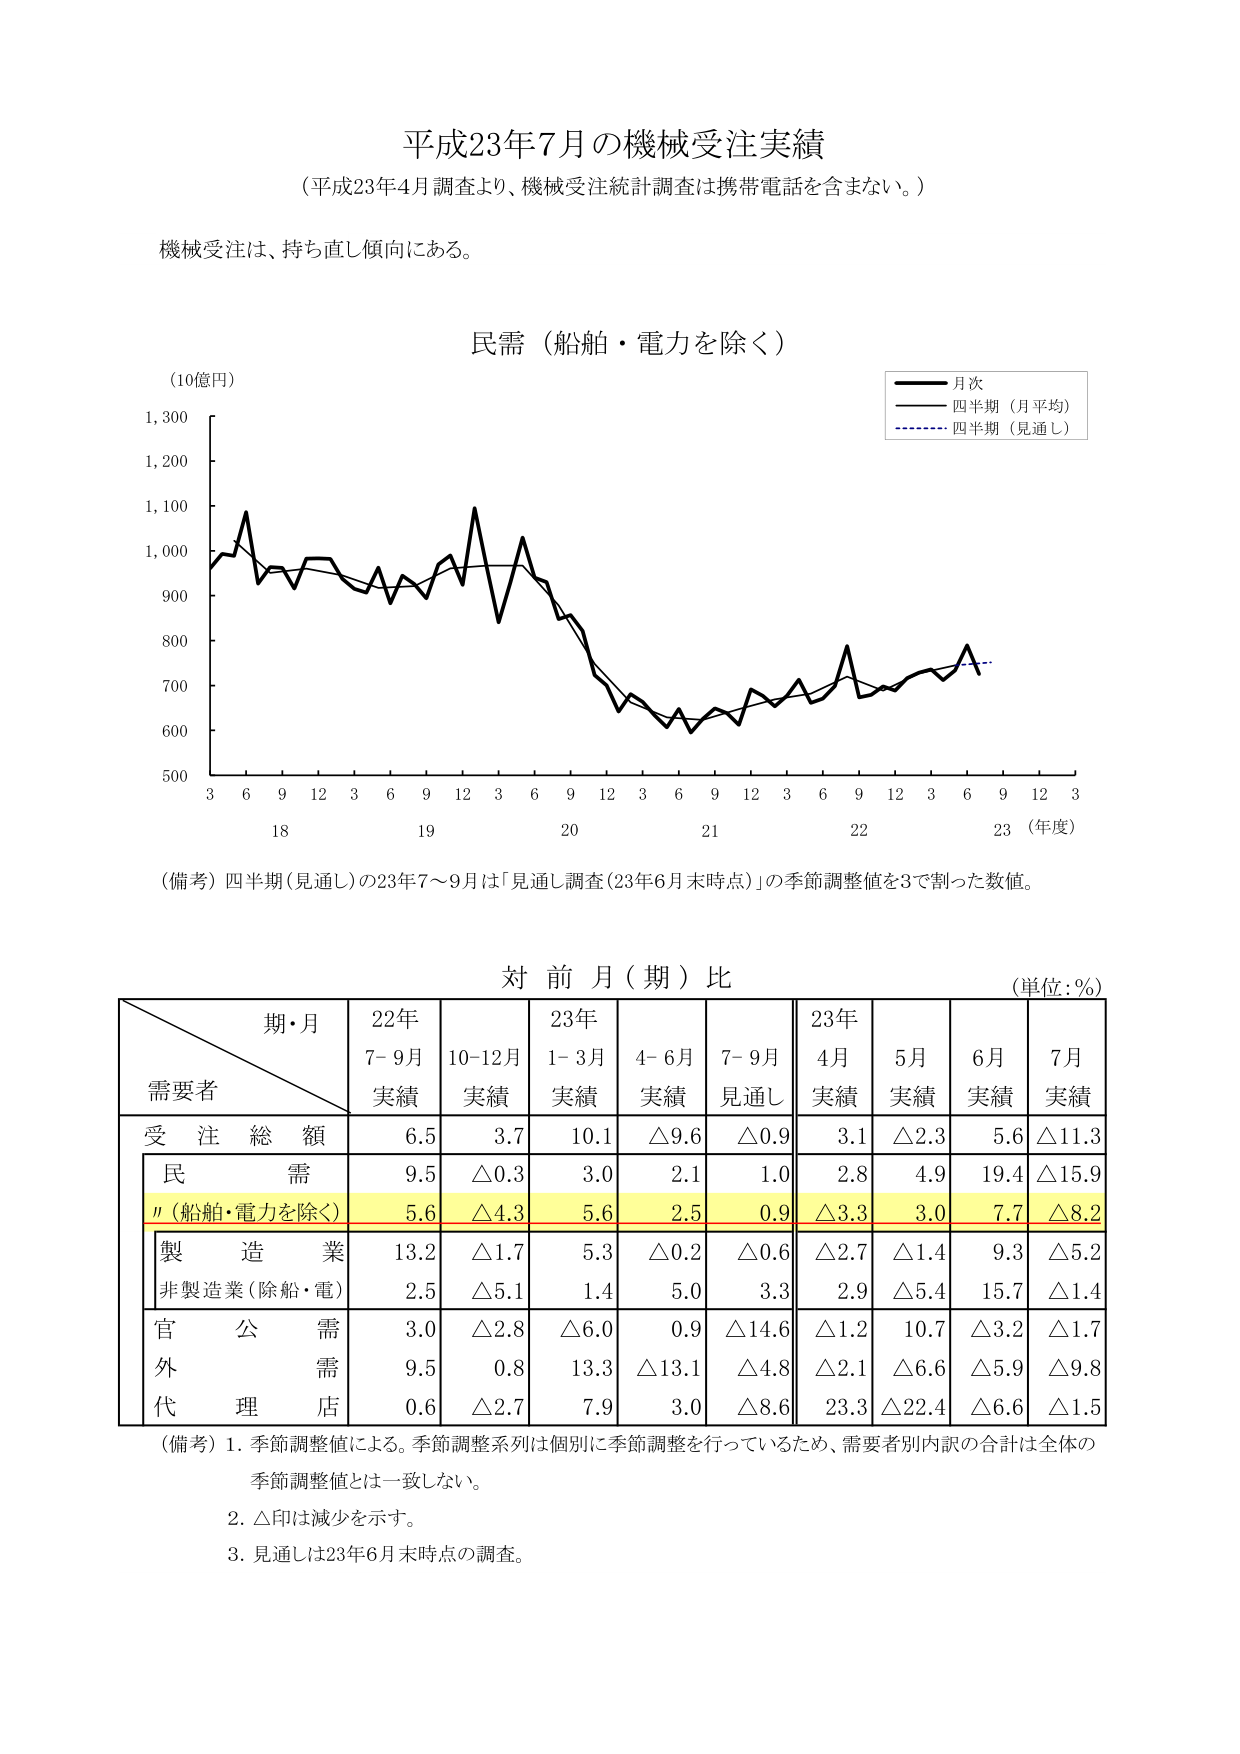
平成23年7月の機械受注実績
（平成23年4月調査より、機械受注統計調査は携帯電話を含まない。）

機械受注は、持ち直し傾向にある。

民需（船舶・電力を除く）
（10億円）

月次
四半期（月平均）
四半期（見通し）

3 6 9 12 3 6 9 12 3 6 9 12 3 6 9 12 3 6 9 12 3
18 19 20 21 22 23（年度）

（備考）四半期（見通し）の23年7～9月は「見通し調査（23年6月末時点）」の季節調整値を3で割った数値。

対前月（期）比
（単位：%）

期・月
需要者
22年7-9月実績
10-12月実績
23年1-3月実績
4-6月実績
7-9月見通し
23年4月実績
5月実績
6月実績
7月実績

受注総額
6.5
3.7
10.1
△9.6
△0.9
3.1
△2.3
5.6
△11.3

民需
9.5
△0.3
3.0
2.1
1.0
2.8
4.9
19.4
△15.9

〃（船舶・電力を除く）
5.6
△4.3
5.6
2.5
0.9
△3.3
3.0
7.7
△8.2

製造業
13.2
△1.7
5.3
△0.2
△0.6
△2.7
△1.4
9.3
△5.2

非製造業（除船・電）
2.5
△5.1
1.4
5.0
3.3
2.9
△5.4
15.7
△1.4

官公需
3.0
△2.8
△6.0
0.9
△14.6
△1.2
10.7
△3.2
△1.7

外需
9.5
0.8
13.3
△13.1
△4.8
△2.1
△6.6
△5.9
△9.8

代理店
0.6
△2.7
7.9
3.0
△8.6
23.3
△22.4
△6.6
△1.5

（備考）1. 季節調整値による。季節調整系列は個別に季節調整を行っているため、需要者別内訳の合計は全体の季節調整値とは一致しない。
2. △印は減少を示す。
3. 見通しは23年6月末時点の調査。